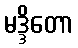
မဒ္ဒိတော